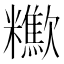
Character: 𣤹